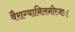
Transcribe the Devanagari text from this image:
वैराग्यानिलनीरजाः।